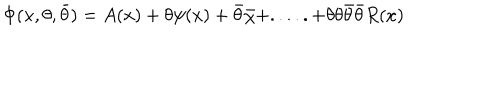
\Phi ( x , \theta , \bar { \theta } ) = A ( x ) + \theta \psi ( x ) + \bar { \theta } \bar { \chi } + . . . . . + \theta \theta \bar { \theta } \bar { \theta } R ( x )